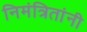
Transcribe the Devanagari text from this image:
निमंत्रितांनी